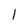
Character: 1